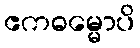
ဧကဓမ္မောပိ